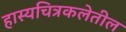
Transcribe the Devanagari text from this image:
हास्यचित्रकलेतील